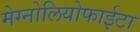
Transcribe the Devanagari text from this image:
मेग्नोलियोफाईटा